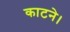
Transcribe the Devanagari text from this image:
काटने।